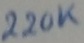
Text: 220K